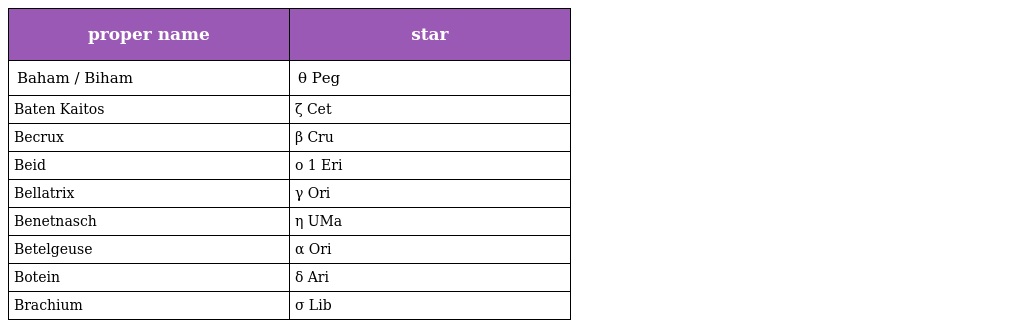
| proper name | star |
 | --- | --- |
 | Baham / Biham | θ Peg |
 | Baten Kaitos | ζ Cet |
 | Becrux | β Cru |
 | Beid | ο 1 Eri |
 | Bellatrix | γ Ori |
 | Benetnasch | η UMa |
 | Betelgeuse | α Ori |
 | Botein | δ Ari |
 | Brachium | σ Lib |